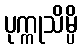
ပုက္ကုသိမ္ပိ